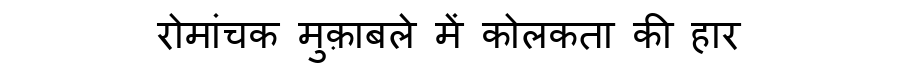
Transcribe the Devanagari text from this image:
रोमांचक मुक़ाबले में कोलकता की हार